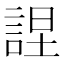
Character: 𧨚